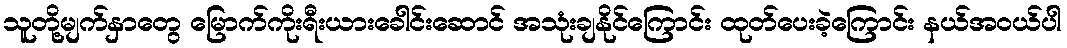
သူတို့မျက်နှာတွေ မြောက်ကိုးရီးယားခေါင်းဆောင် အသုံးချနိုင်ကြောင်း ထုတ်ပေးခဲ့ကြောင်း နယ်အဝယ်ပါ